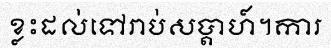
ខ្លះដល់ទៅរាប់សប្តាហ៍។ការ